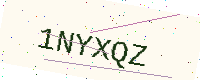
Text: 1NYXQZ